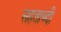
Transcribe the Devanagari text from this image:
सहताब्दी